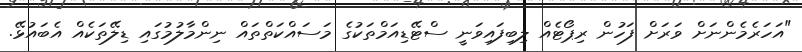
"އަހަރެމެންނަށް ވަރަށް ފަހުން ރިޕޯޓެއް ލިބިފައިވަނީ ސްޓޭޑިއަމްތަކުގެ މަސައްކަތްތައް ނިންމާލުމުގައި ޑިލޭތަކެއް އެބައުޅޭ.